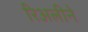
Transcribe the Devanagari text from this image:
रिअलीने